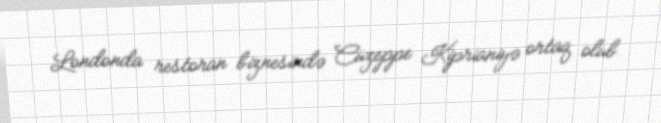
Londonda restoran biznesində Cüzeppe Kiprianiyə ortaq olub.